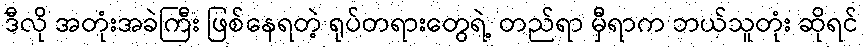
ဒီလို အတုံးအခဲကြီး ဖြစ်နေရတဲ့ ရုပ်တရားတွေရဲ့ တည်ရာ မှီရာက ဘယ်သူတုံး ဆိုရင်